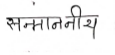
मजकूर: सन्माननीय